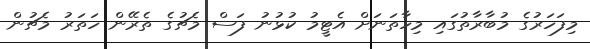
މިފަހަރުގެ މުބާރާތުގައި މިހާތަނަށް އެޓީމު ކުޅުނު ފަސް މެޗުގެ ތެރޭން ހަތަރު މެޗުން